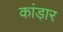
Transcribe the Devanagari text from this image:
कांड़ार